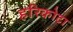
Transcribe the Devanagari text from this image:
हरिकोटा